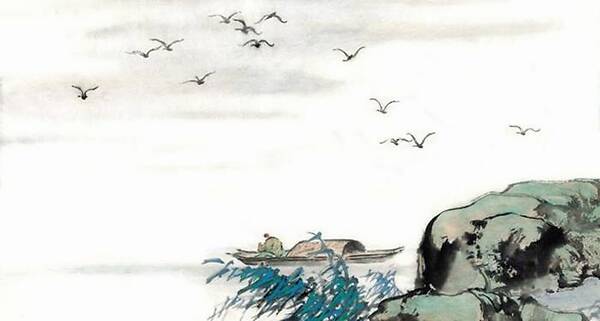
近水楼台先得月，向阳花木易为春。